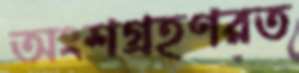
অংশগ্রহণরত